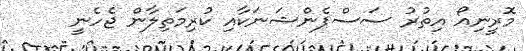
މޮރީނިއޯ އިތުރު ސަސްޕެންޝަނަކާއި ކުރިމަތިލާން ޖެހެނީ